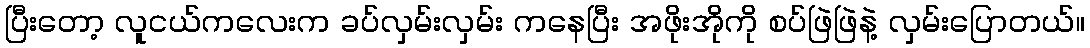
ပြီးတော့ လူငယ်ကလေးက ခပ်လှမ်းလှမ်း ကနေပြီး အဖိုးအိုကို စပ်ဖြဲဖြဲနဲ့ လှမ်းပြောတယ်။